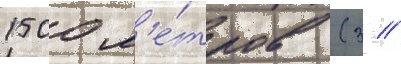
1500 м'е́тров (3 //